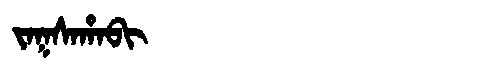
Manchu: ᠵᠠᡴᠰᠠᡥᠠᠪᡳ
Romanization: JAKSAHABI